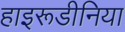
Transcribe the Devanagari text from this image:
हाइरूडीनिया